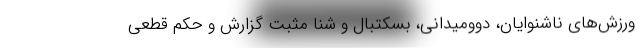
ورزش‌های ناشنوایان، دوومیدانی، بسکتبال و شنا مثبت گزارش و حکم قطعی